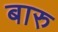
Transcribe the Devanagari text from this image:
बारु